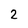
Character: 2